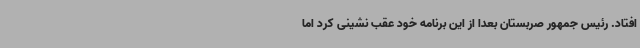
افتاد. رئیس جمهور صربستان بعدا از این برنامه خود عقب نشینی کرد اما